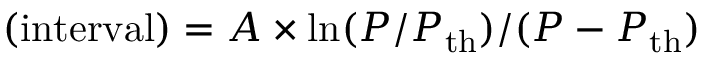
( \mathrm { i n t e r v a l } ) = A \times \ln ( P / P _ { \mathrm { t h } } ) / ( P - P _ { \mathrm { t h } } )